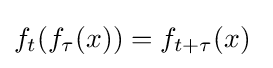
f_{t}(f_{\tau }(x))=f_{t+\tau }(x)~